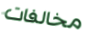
مخالفات